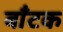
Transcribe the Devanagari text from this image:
बाँटक